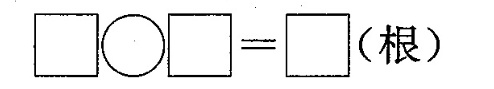
\Box\circ \Box=\Box(根)